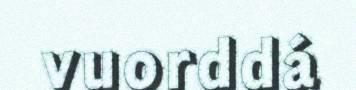
vuorddá